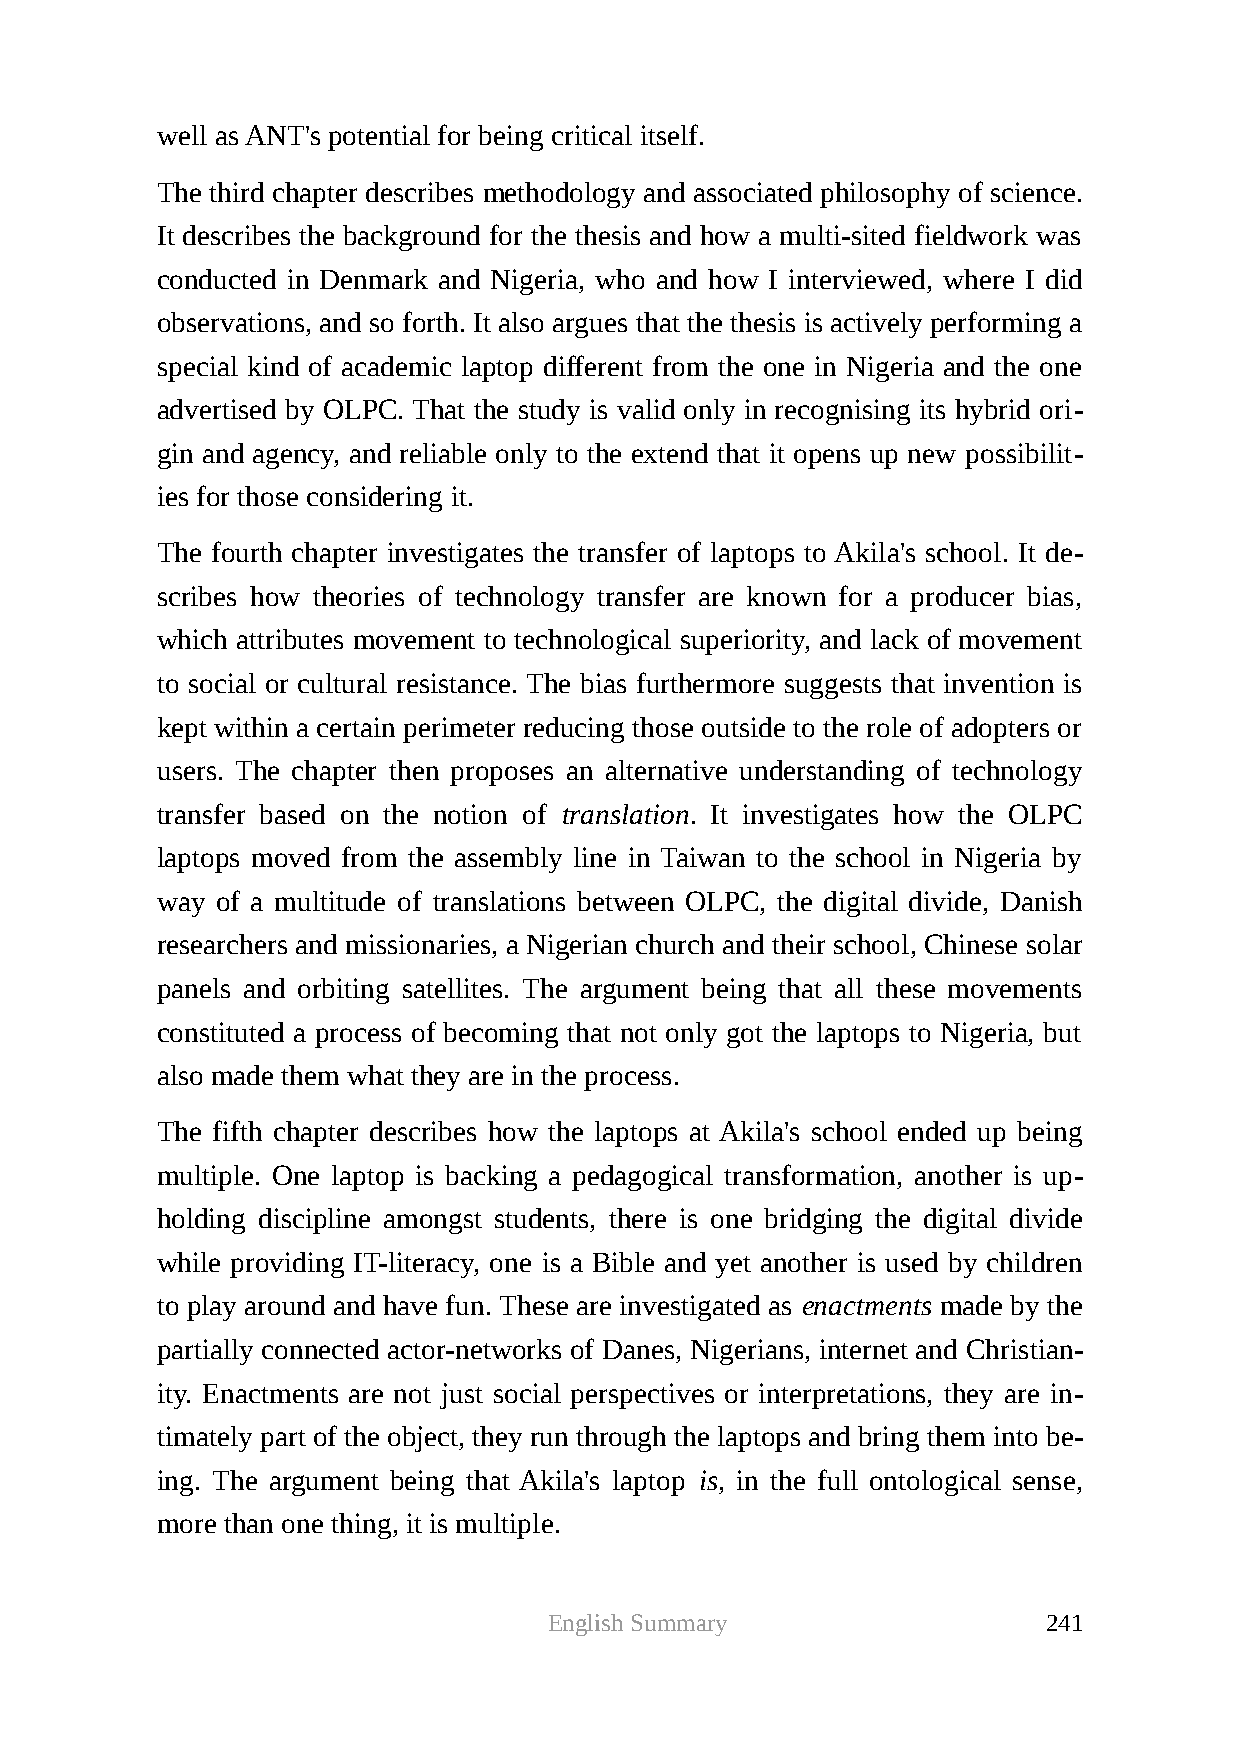
well as ANT's potential for being critical itself.
 The third chapter describes methodology and associated philosophy of science.
 It describes the background for the thesis and how a multi-sited fieldwork was
 conducted in Denmark and Nigeria, who and how I interviewed, where I did
 observations, and so forth. It also argues that the thesis is actively performing a
 special kind of academic laptop different from the one in Nigeria and the one
 advertised by OLPC. That the study is valid only in recognising its hybrid ori-
 gin and agency, and reliable only to the extend that it opens up new possibilit-
 ies for those considering it.
 The fourth chapter investigates the transfer of laptops to Akila's school. It de-
 scribes how theories of technology transfer are known for a producer bias,
 which attributes movement to technological superiority, and lack of movement
 to social or cultural resistance. The bias furthermore suggests that invention is
 kept within a certain perimeter reducing those outside to the role of adopters or
 users. The chapter then proposes an alternative understanding of technology
 transfer based on the notion of translation. It investigates how the OLPC
 laptops moved from the assembly line in Taiwan to the school in Nigeria by
 way of a multitude of translations between OLPC, the digital divide, Danish
 researchers and missionaries, a Nigerian church and their school, Chinese solar
 panels and orbiting satellites. The argument being that all these movements
 constituted a process of becoming that not only got the laptops to Nigeria, but
 also made them what they are in the process.
 The fifth chapter describes how the laptops at Akila's school ended up being
 multiple. One laptop is backing a pedagogical transformation, another is up-
 holding discipline amongst students, there is one bridging the digital divide
 while providing IT-literacy, one is a Bible and yet another is used by children
 to play around and have fun. These are investigated as enactments made by the
 partially connected actor-networks of Danes, Nigerians, internet and Christian-
 ity. Enactments are not just social perspectives or interpretations, they are in-
 timately part of the object, they run through the laptops and bring them into be-
 ing. The argument being that Akila's laptop is, in the full ontological sense,
 more than one thing, it is multiple.
 English Summary                  241